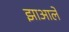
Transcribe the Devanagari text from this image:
झाआले